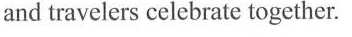
and travelers celebrate together.